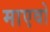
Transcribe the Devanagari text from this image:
माएवो